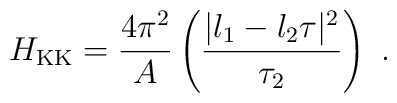
H_{\rm KK}= { 4\pi^2\over A } \left({|l_1  - l_2 \tau|^2  \over \tau_2 }\right)\ .